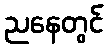
ညနေတွင်